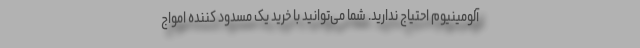
آلومینیوم احتیاج ندارید. شما می‌توانید با خرید یک مسدود کننده امواج